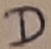
Text: D